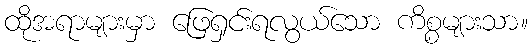
ထိုအရာများမှာ ဖြေရှင်းရလွယ်သော ကိစ္စများသာ။